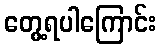
တွေ့ရပါကြောင်း